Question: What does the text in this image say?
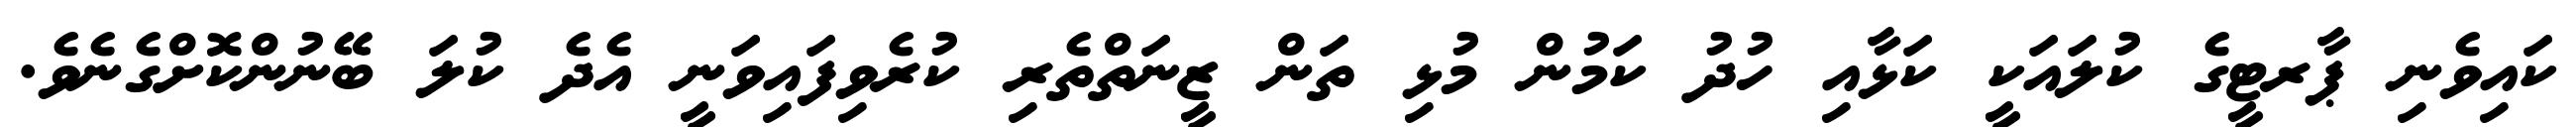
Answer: ކައިވެނި ޕާރޓީގެ ކުލައަކީ ކަޅާއި ހުދު ކަމުން މުޅި ތަން ޒީނަތްތެރި ކުރެވިފައިވަނީ އެދެ ކުލަ ބޭނުންކޮށްގެނެވެ.